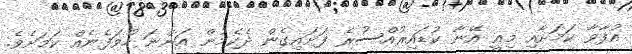
އުފާވާ ކަމަށާއި މިއީ އޭނާ ކުޑައިރުއްސުރެ ފަށައިގެން ދެކެމުން އަންނަ ހުވަފެނެއް ކަމަށެވެ.